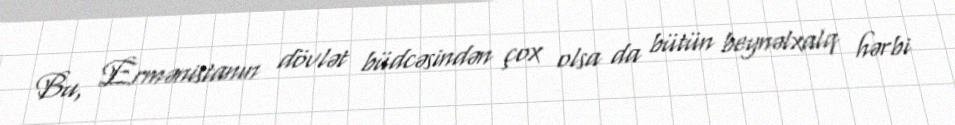
Bu, Ermənistanın dövlət büdcəsindən çox olsa da bütün beynəlxalq hərbi